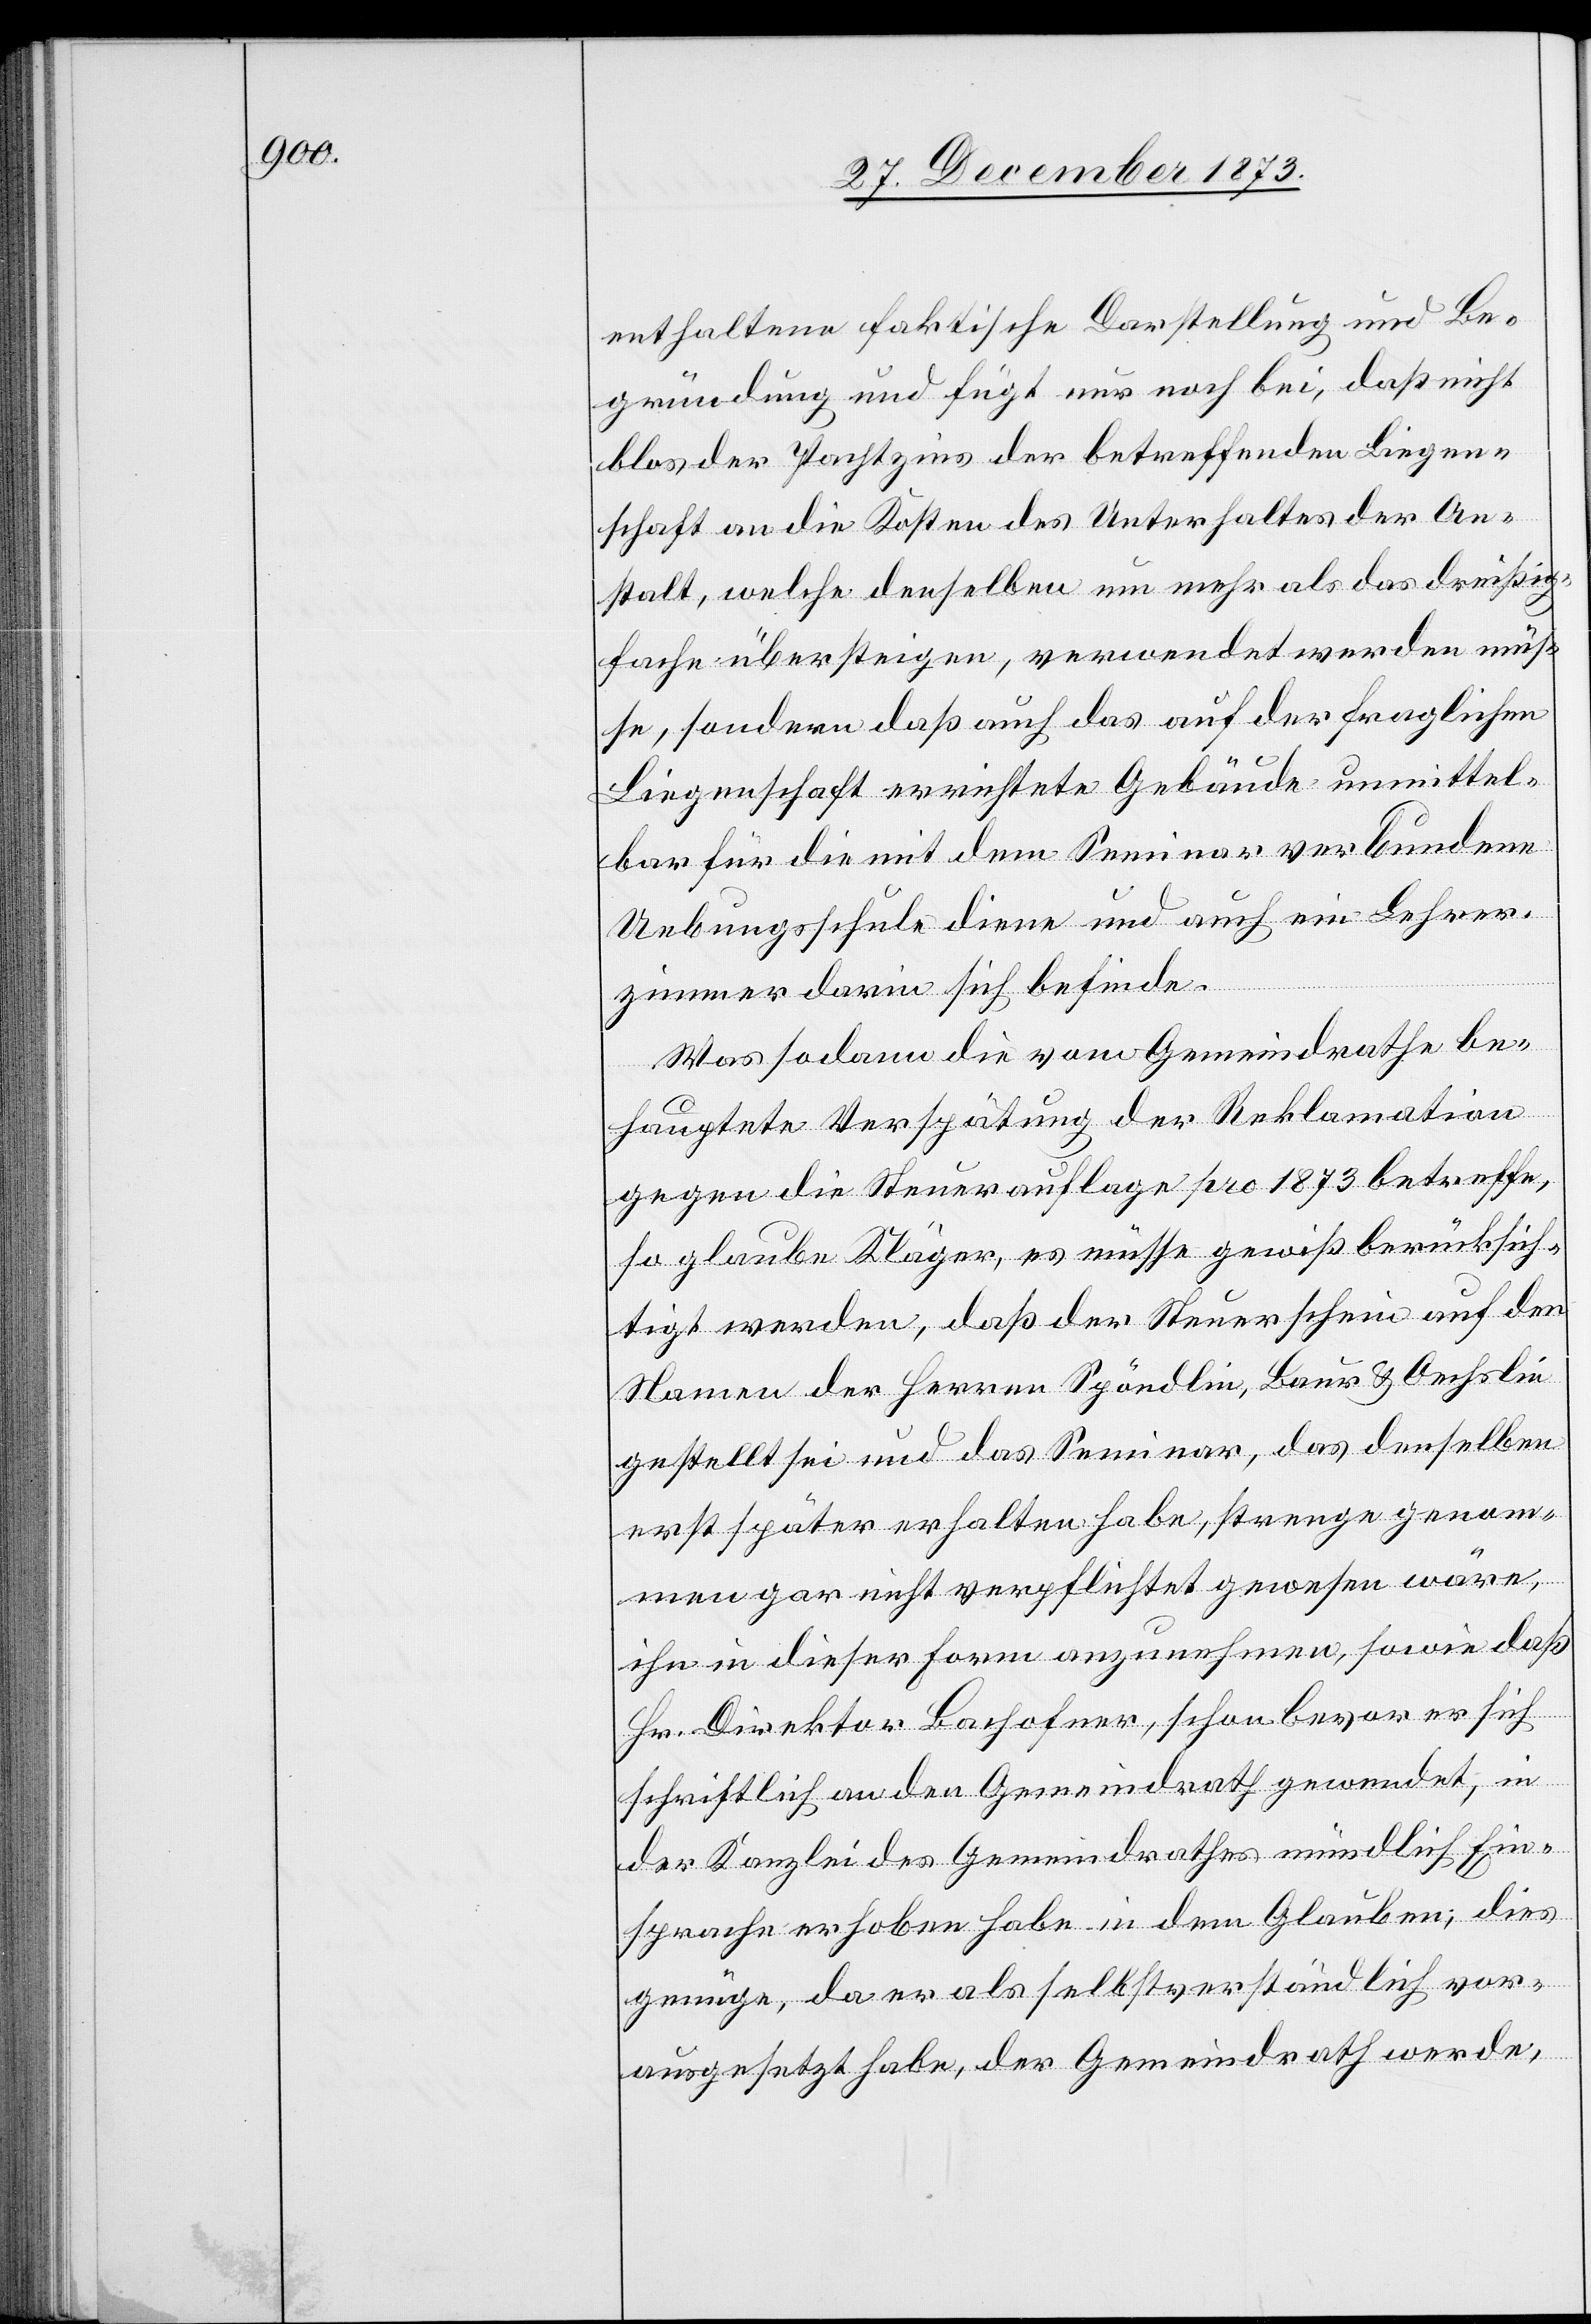
enthaltene faktische Darstellung und Be¬
gründung und fügt nur noch bei, daß nicht
blos der Pachtzins der betreffenden Liegen¬
schaft an die Kosten des Unterhaltes der An¬
stalt, welche denselben um mehr als das dreißig¬
fache übersteigen, verwendet werden müs¬
se, sondern daß auch das auf der fraglichen
Liegenschaft errichtete Gebäude unmittel¬
bar für die mit dem Seminar verbundene
Uebungsschule diene und auch ein Lehrer¬
zimmer darin sich befinde.
Was sodann die vom Gemeindrathe be¬
hauptete Verspätung der Reklamation
gegen die Steuerauflage pro 1873 betreffe,
so glaube Kläger, es müsse gewiß berücksich¬
tigt werden, daß der Steuerschein auf den
Namen der Herren Spöndlin, Baur & Oechslin
gestellt sei und das Seminar, das denselben
erst später erhalten habe, strenge genom¬
men gar nicht verpflichtet gewesen wäre,
ihn in dieser Form anzunehmen, sowie daß
Hr. Direktor Bachofner, schon bevor er sich
schriftlich an den Gemeindrath gewendet, in
der Kanzlei des Gemeindrathes mündlich Ein¬
sprache erhoben habe in dem Glauben, dies
genüge, da er als selbstverständlich vor¬
ausgesetzt habe, der Gemeindrath werde,